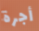
أجرة